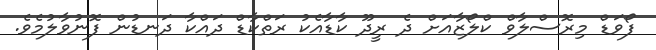
ފޯވަޑް މިރޮސްލާވް ކްލޯޒާއަށް ދެ ރީދޫ ކާޑާއެކު ރަތްކާޑް ދައްކާ ދަނޑުން ފޮނުވާލުމެވެ.